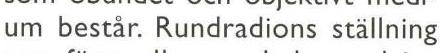
um består. Rundradions ställning